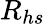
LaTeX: R_{hs}